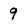
Character: 9